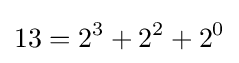
13=2^{3}+2^{2}+2^{0}